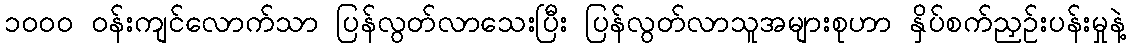
၁၀၀၀ ဝန်းကျင်လောက်သာ ပြန်လွတ်လာသေးပြီး ပြန်လွတ်လာသူအများစုဟာ နှိပ်စက်ညှဉ်းပန်းမှုနဲ့